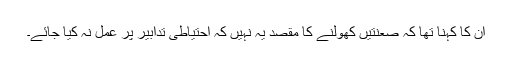
ان کا کہنا تھا کہ صعنتیں کھولنے کا مقصد یہ نہیں کہ احتیاطی تدابیر پر عمل نہ کیا جائے۔